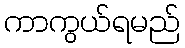
ကာကွယ်ရမည်